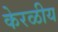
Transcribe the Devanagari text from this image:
केरळीय